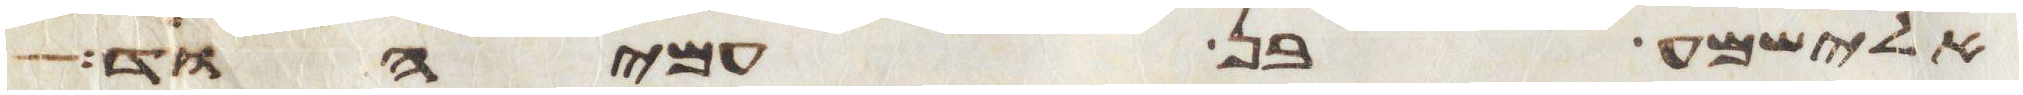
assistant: אלישמע בן עמיהוד